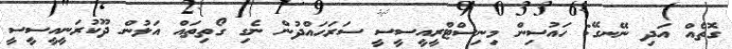
ގޮތެއް އަދި ނޭނގޭ: ހައުސިން މިނިސްޓްރީއީސީސީ ސަރަހައްދުން ނެގި ގޯތިތައް އަލުން ދޫކުރަނީއީސީސީ